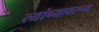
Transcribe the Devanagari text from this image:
त्यांच्यावरून